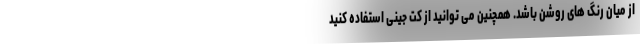
از میان رنگ های روشن باشد. همچنین می توانید از کت جینی استفاده کنید